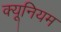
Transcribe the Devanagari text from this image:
क्यूनियम